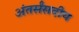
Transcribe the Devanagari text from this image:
अंतर्संसदीय